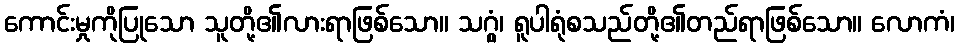
ကောင်းမှုကိုပြုသော သူတို့၏လားရာဖြစ်သော။ သဂ္ဂွံ၊ ရူပါရုံစသည်တို့၏တည်ရာဖြစ်သော။ လောကံ၊